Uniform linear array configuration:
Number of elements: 12
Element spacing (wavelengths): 1
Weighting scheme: blackman
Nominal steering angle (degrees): -60
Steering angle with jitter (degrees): -59.858
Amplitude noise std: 0.05
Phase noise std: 0.05

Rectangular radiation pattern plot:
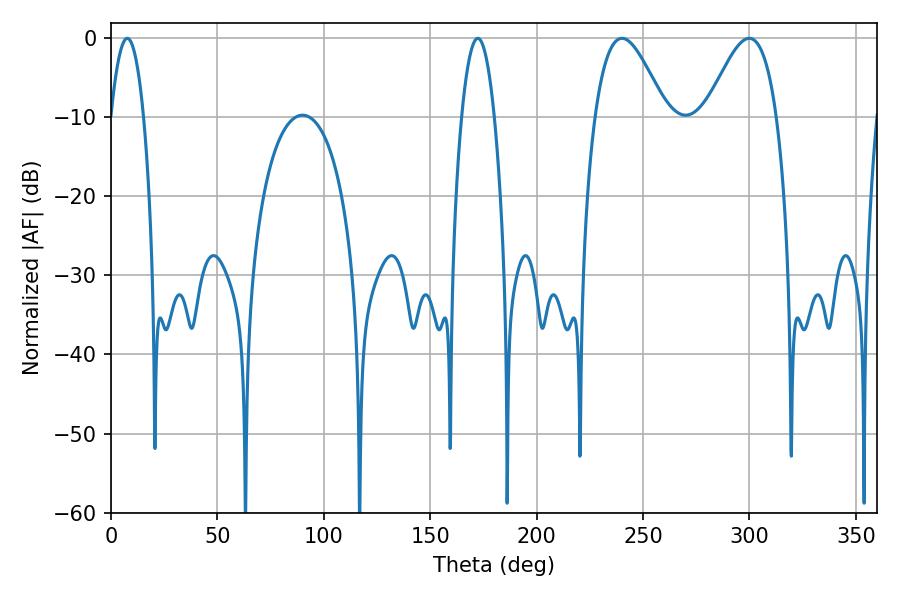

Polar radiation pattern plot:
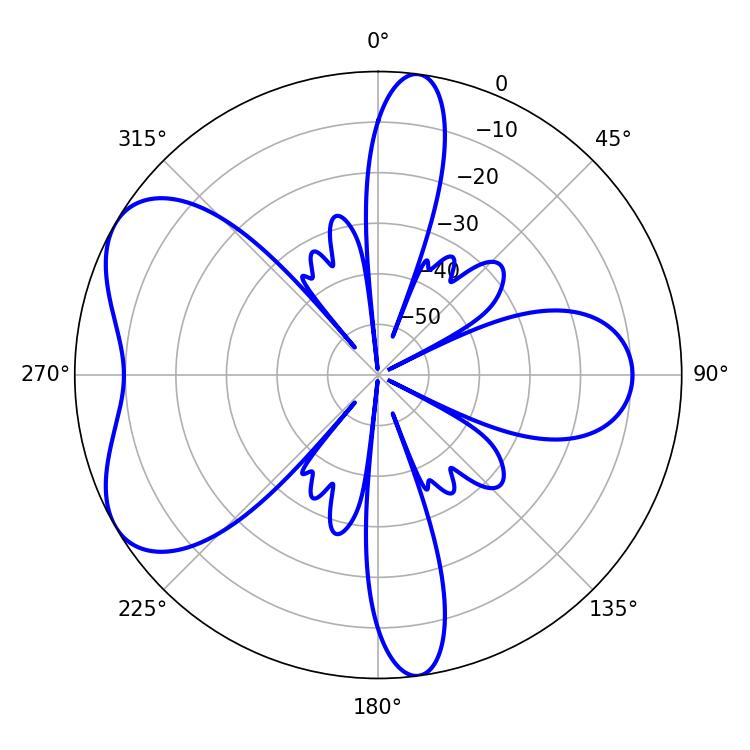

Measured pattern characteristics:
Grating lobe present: TRUE
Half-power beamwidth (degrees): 17.82
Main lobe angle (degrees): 240.12